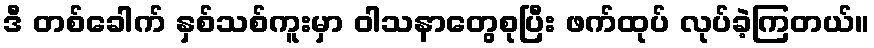
ဒီ တစ်ခေါက် နှစ်သစ်ကူးမှာ ဝါသနာတွေစုပြီး ဖက်ထုပ် လုပ်ခဲ့ကြတယ်။